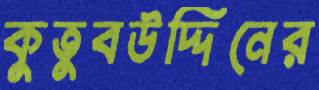
কুতুবউদ্দিনের